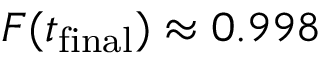
F ( t _ { \mathrm { f i n a l } } ) \approx 0 . 9 9 8